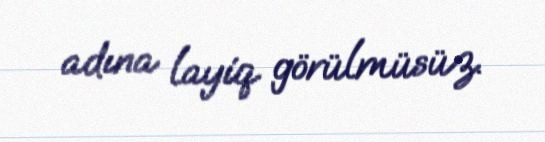
adına layiq görülmüsüz.